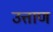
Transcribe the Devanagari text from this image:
उत्ताण